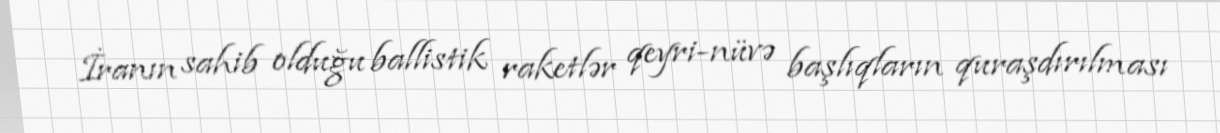
İranın sahib olduğu ballistik raketlər qeyri-nüvə başlıqların quraşdırılması